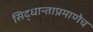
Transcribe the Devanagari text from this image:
सिद्धान्ताप्रमाणेच